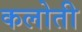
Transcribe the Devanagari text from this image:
कलोती